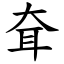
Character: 耷